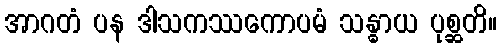
အာဂတံ ပန ဒါသကဿကောပမံ သန္ဓာယ ပုစ္ဆတိ။